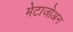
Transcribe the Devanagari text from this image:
मेटाजोअन